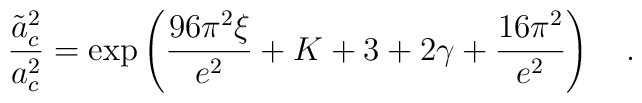
{\tilde{a}_{c}^2 \over a_{c}^2} = \exp\left({96\pi^2 \xi \over e^2}+K+3+2 \gamma + {16 \pi^2 \over e^2}\right)~~~.